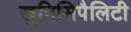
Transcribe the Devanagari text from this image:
खुनिसिपैलिटी